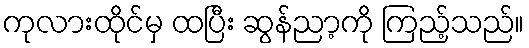
ကုလားထိုင်မှ ထပြီး ဆွန်ညာ့ကို ကြည့်သည်။